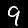
Label: 9